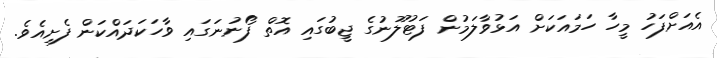
އެއަށްފަހު މީހާ ހަމައަކަށް އަޅުވާލަމުން ފަޓުލޫނުގެ ޖީބުގައި އޮތް ފޯނުނަގައި ވާހަކަދައްކަން ފެށިއެވެ.